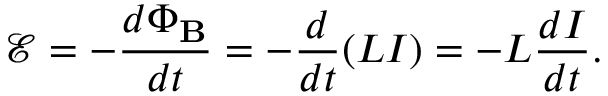
{ \mathcal { E } } = - { \frac { d \Phi _ { \mathbf { B } } } { d t } } = - { \frac { d } { d t } } ( L I ) = - L { \frac { d I } { d t } } .